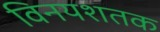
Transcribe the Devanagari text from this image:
विनयशतक